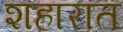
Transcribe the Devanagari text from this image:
शहारात